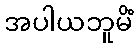
အပါယဘူမိံ